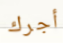
أجرك